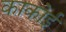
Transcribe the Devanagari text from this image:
काकोई